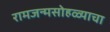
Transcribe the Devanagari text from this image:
रामजन्मसोहळ्याचा